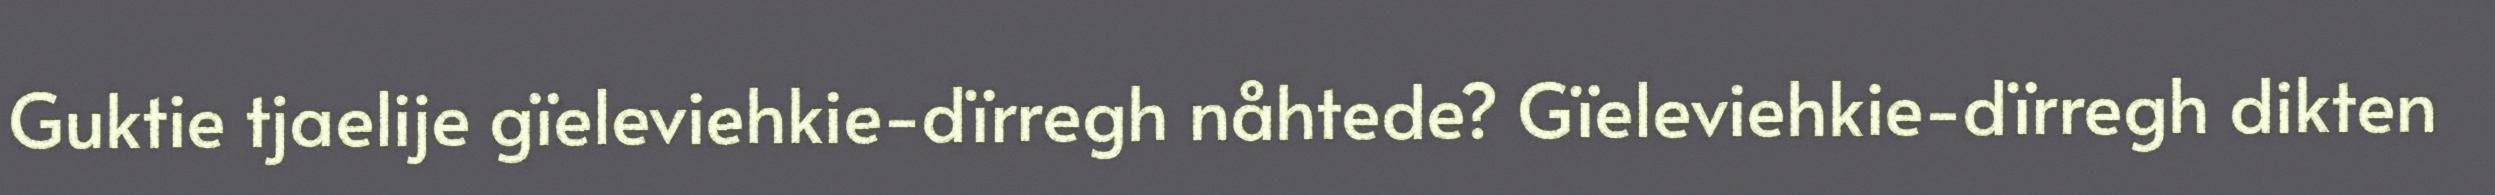
Guktie tjaelije gïeleviehkie-dïrregh nåhtede? Gïeleviehkie-dïrregh dikten